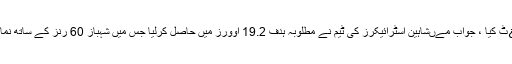
شاہین اسٹرائیکرز کے عمران نے تین کھلاڑیوں کو آو¿ٹ کیا ، جواب مےںشاہین اسٹرائیکرز کی ٹیم نے مطلوبہ ہدف 19.2 اوورز میں حاصل کرلیا جس میں شہباز 60 رنز کے ساتھ نمایاں بلے باز رہے اور مین آف دی میچ کے حقدار پائے۔